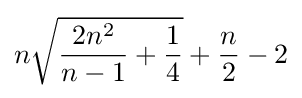
n{\sqrt {{\frac {2n^{2}}{n-1}}+{\frac {1}{4}}}}+{\frac {n}{2}}-2